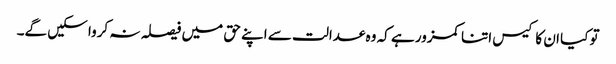
تو کیا ان کا کیس اتنا کمزور ہے کہ وہ عدالت سے اپنے حق میں فیصلہ نہ کروا سکیں گے۔